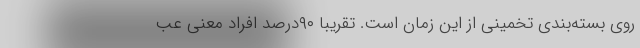
روی بسته‌بندی تخمینی از این زمان است. تقریبا ۹۰درصد افراد معنی عب